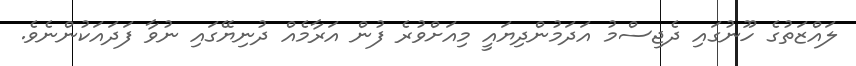
ލައްޒަތުގެ ހޫނުގައި ދެޖިސްމު އަދަމުންދިޔައީ މިއަށްވުރެ ފުން އަރާމެއް ދުނިޔޭގައި ނުވާ ފަދައަކުންނެވެ.